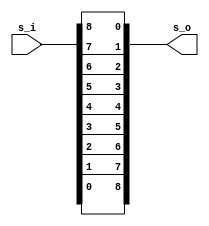
module bit_rev #(parameter data_width=9)
(
    input  [data_width-1:0] s_i,
    output [data_width-1:0] s_o
);
genvar i;
generate for (i=0; i<data_width; i=i+1)
    begin:g_rev
        assign s_o[data_width-1-i] = s_i[i];
    end
endgenerate
endmodule